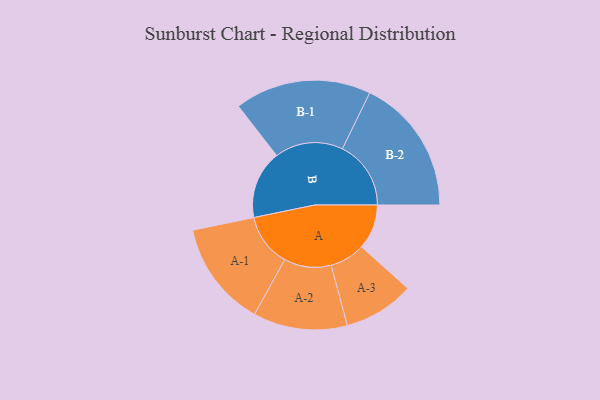
{"axis": {"x": "Segment", "y": "Value"}, "legend": ["", "A", "B"], "data": [{"x": "A", "y": 184, "type": ""}, {"x": "B", "y": 280, "type": ""}, {"x": "A-1", "y": 217, "type": "A"}, {"x": "A-2", "y": 193, "type": "A"}, {"x": "A-3", "y": 145, "type": "A"}, {"x": "B-1", "y": 280, "type": "B"}, {"x": "B-2", "y": 281, "type": "B"}]}